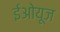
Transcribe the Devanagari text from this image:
ईओयूज